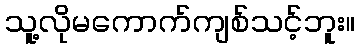
သူ့လိုမကောက်ကျစ်သင့်ဘူး။